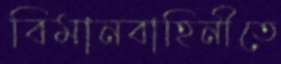
বিমানবাহিনীতে